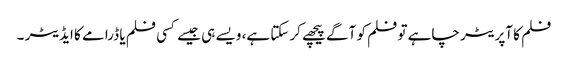
فلم کا آپریٹر چاہے تو فلم کو آگے پیچھے کرسکتا ہے، ویسے ہی جیسے کسی فلم یا ڈرامے کا ایڈیٹر ۔